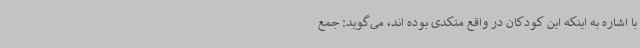
با اشاره به اینکه این کودکان در واقع متکدی بوده اند، می‌گوید: جمع